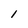
Character: 1